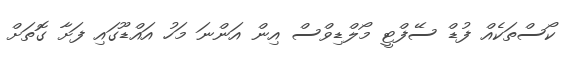
ކޯސްތަކެއް ފުޑް ސޭފްޓީ މޯލްޑިވްސް އިން އަންނަ މަހު އައްޑޫގައި ފަށާ ގޮތަށް